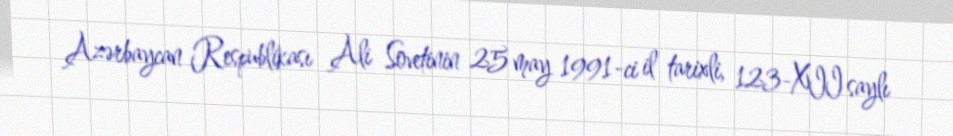
Azərbaycan Respublikası Ali Sovetinin 25 may 1991-ci il tarixli, 123-XII saylı